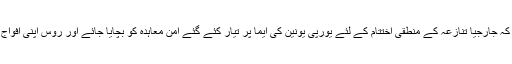
جہاں ان کی کوشش ہو گی کہ جارجیا تنازعہ کے منطقی اختتام کے لئے یورپی یونین کی ایما پر تیار کئے گئے امن معاہدہ کو بچایا جائے اور روس اپنی افواج جارجیا سے واپس بلوا لے۔